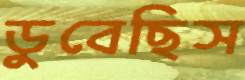
ডুবেছিস